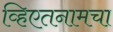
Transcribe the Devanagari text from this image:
व्हिएतनामचा